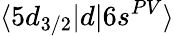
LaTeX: \langle 5d_{3/2}|d|6s^{PV}\rangle